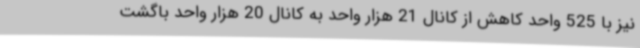
نیز با 525 واحد کاهش از کانال 21 هزار واحد به کانال 20 هزار واحد باگشت